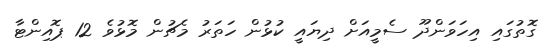
ގޮތުގައި އިހަވަންދޫ ސެމީއަށް ދިޔައީ ކުޅުން ހަތަރު މެޗުން މޮޅުވެ 12 ޕޮއިންޓާ